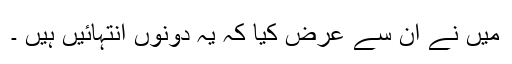
میں نے ان سے عرض کیا کہ یہ دونوں انتہائیں ہیں ۔